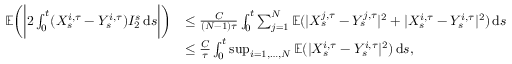
\begin{array} { r l } { \mathbb { E } \bigg ( \bigg | 2 \int _ { 0 } ^ { t } ( X _ { s } ^ { i , \tau } - Y _ { s } ^ { i , \tau } ) I _ { 2 } ^ { s } \, \mathrm { d } s \bigg | \bigg ) } & { \le \frac { C } { ( N - 1 ) \tau } \int _ { 0 } ^ { t } \sum _ { \substack { j = 1 } } ^ { N } \mathbb { E } ( | X _ { s } ^ { j , \tau } - Y _ { s } ^ { j , \tau } | ^ { 2 } + | X _ { s } ^ { i , \tau } - Y _ { s } ^ { i , \tau } | ^ { 2 } ) \, \mathrm { d } s } \\ & { \le \frac { C } { \tau } \int _ { 0 } ^ { t } \operatorname* { s u p } _ { i = 1 , \ldots , N } \mathbb { E } ( | X _ { s } ^ { i , \tau } - Y _ { s } ^ { i , \tau } | ^ { 2 } ) \, \mathrm { d } s , } \end{array}